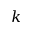
k